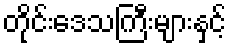
တိုင်းဒေသကြီးများနှင့်